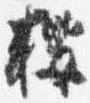
桜